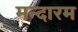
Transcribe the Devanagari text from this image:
मन्दारम